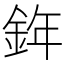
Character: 𨦧